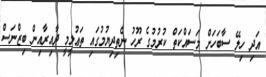
އަދި ހިލޭ ސާބަހަށް މަސައްކަތް ކުރުމުގެ ރޫހު ނެތިދިޔުމުގައި ތަޢުލީމީ ދާއިރާއިން ބިޒްނަސް